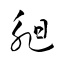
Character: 昶